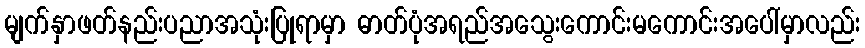
မျက်နှာဖတ်နည်းပညာအသုံးပြုရာမှာ ဓာတ်ပုံအရည်အသွေးကောင်းမကောင်းအပေါ်မှာလည်း